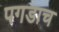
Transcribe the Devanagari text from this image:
पगडाच